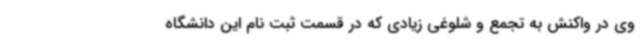
وی در واکنش به تجمع و شلوغی زیادی که در قسمت ثبت نام این دانشگاه